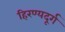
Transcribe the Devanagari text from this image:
हिरण्यदूर्ग